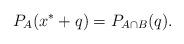
LaTeX: \begin{align*}P_{A}(x^{*}+q)=P_{A\cap B}(q).\end{align*}